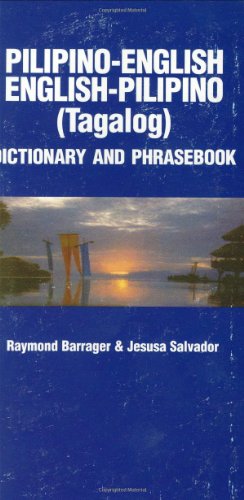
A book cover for Pilipino-English/English-Pilipino Phrasebook and Dictionary (Hippocrene Concise Dictionary); Raymond P. Barrager; Travel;